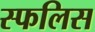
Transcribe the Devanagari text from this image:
स्फलिस